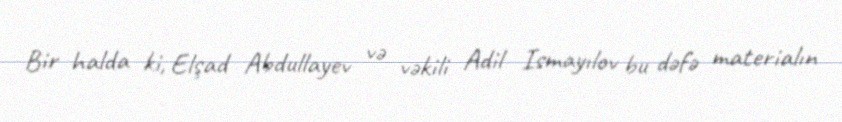
Bir halda ki, Elşad Abdullayev və vəkili Adil Ismayılov bu dəfə materialın